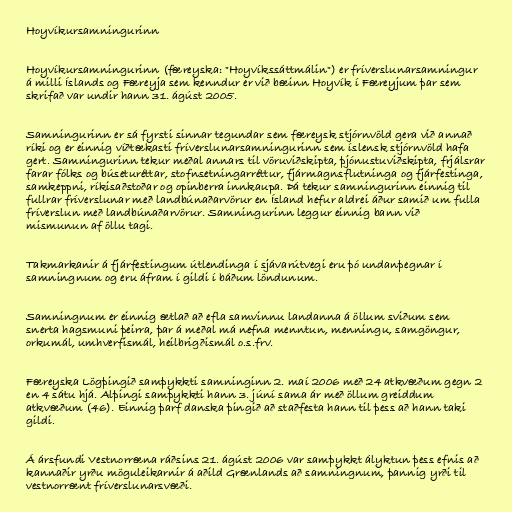
Hoyvíkursamningurinn

Hoyvíkursamningurinn (færeyska: "Hoyvíkssáttmálin") er fríverslunarsamningur
á milli Íslands og Færeyja sem kenndur er við bæinn Hoyvík í Færeyjum þar sem
skrifað var undir hann 31. ágúst 2005.

Samningurinn er sá fyrsti sinnar tegundar sem færeysk stjórnvöld gera við annað
ríki og er einnig víðtækasti fríverslunarsamningurinn sem íslensk stjórnvöld hafa
gert. Samningurinn tekur meðal annars til vöruviðskipta, þjónustuviðskipta, frjálsrar
farar fólks og búseturéttar, stofnsetningarréttur, fjármagnsflutninga og fjárfestinga,
samkeppni, ríkisaðstoðar og opinberra innkaupa. Þá tekur samningurinn einnig til
fullrar fríverslunar með landbúnaðarvörur en Ísland hefur aldrei áður samið um fulla
fríverslun með landbúnaðarvörur. Samningurinn leggur einnig bann við
mismunun af öllu tagi.

Takmarkanir á fjárfestingum útlendinga í sjávarútvegi eru þó undanþegnar í
samningnum og eru áfram í gildi í báðum löndunum.

Samningnum er einnig ætlað að efla samvinnu landanna á öllum sviðum sem
snerta hagsmuni þeirra, þar á meðal má nefna menntun, menningu, samgöngur,
orkumál, umhverfismál, heilbrigðismál o.s.frv.

Færeyska Lögþingið samþykkti samninginn 2. maí 2006 með 24 atkvæðum gegn 2
en 4 sátu hjá. Alþingi samþykkti hann 3. júní sama ár með öllum greiddum
atkvæðum (46). Einnig þarf danska þingið að staðfesta hann til þess að hann taki
gildi.

Á ársfundi Vestnorræna ráðsins 21. ágúst 2006 var samþykkt ályktun þess efnis að
kannaðir yrðu möguleikarnir á aðild Grænlands að samningnum, þannig yrði til
vestnorrænt fríverslunarsvæði.